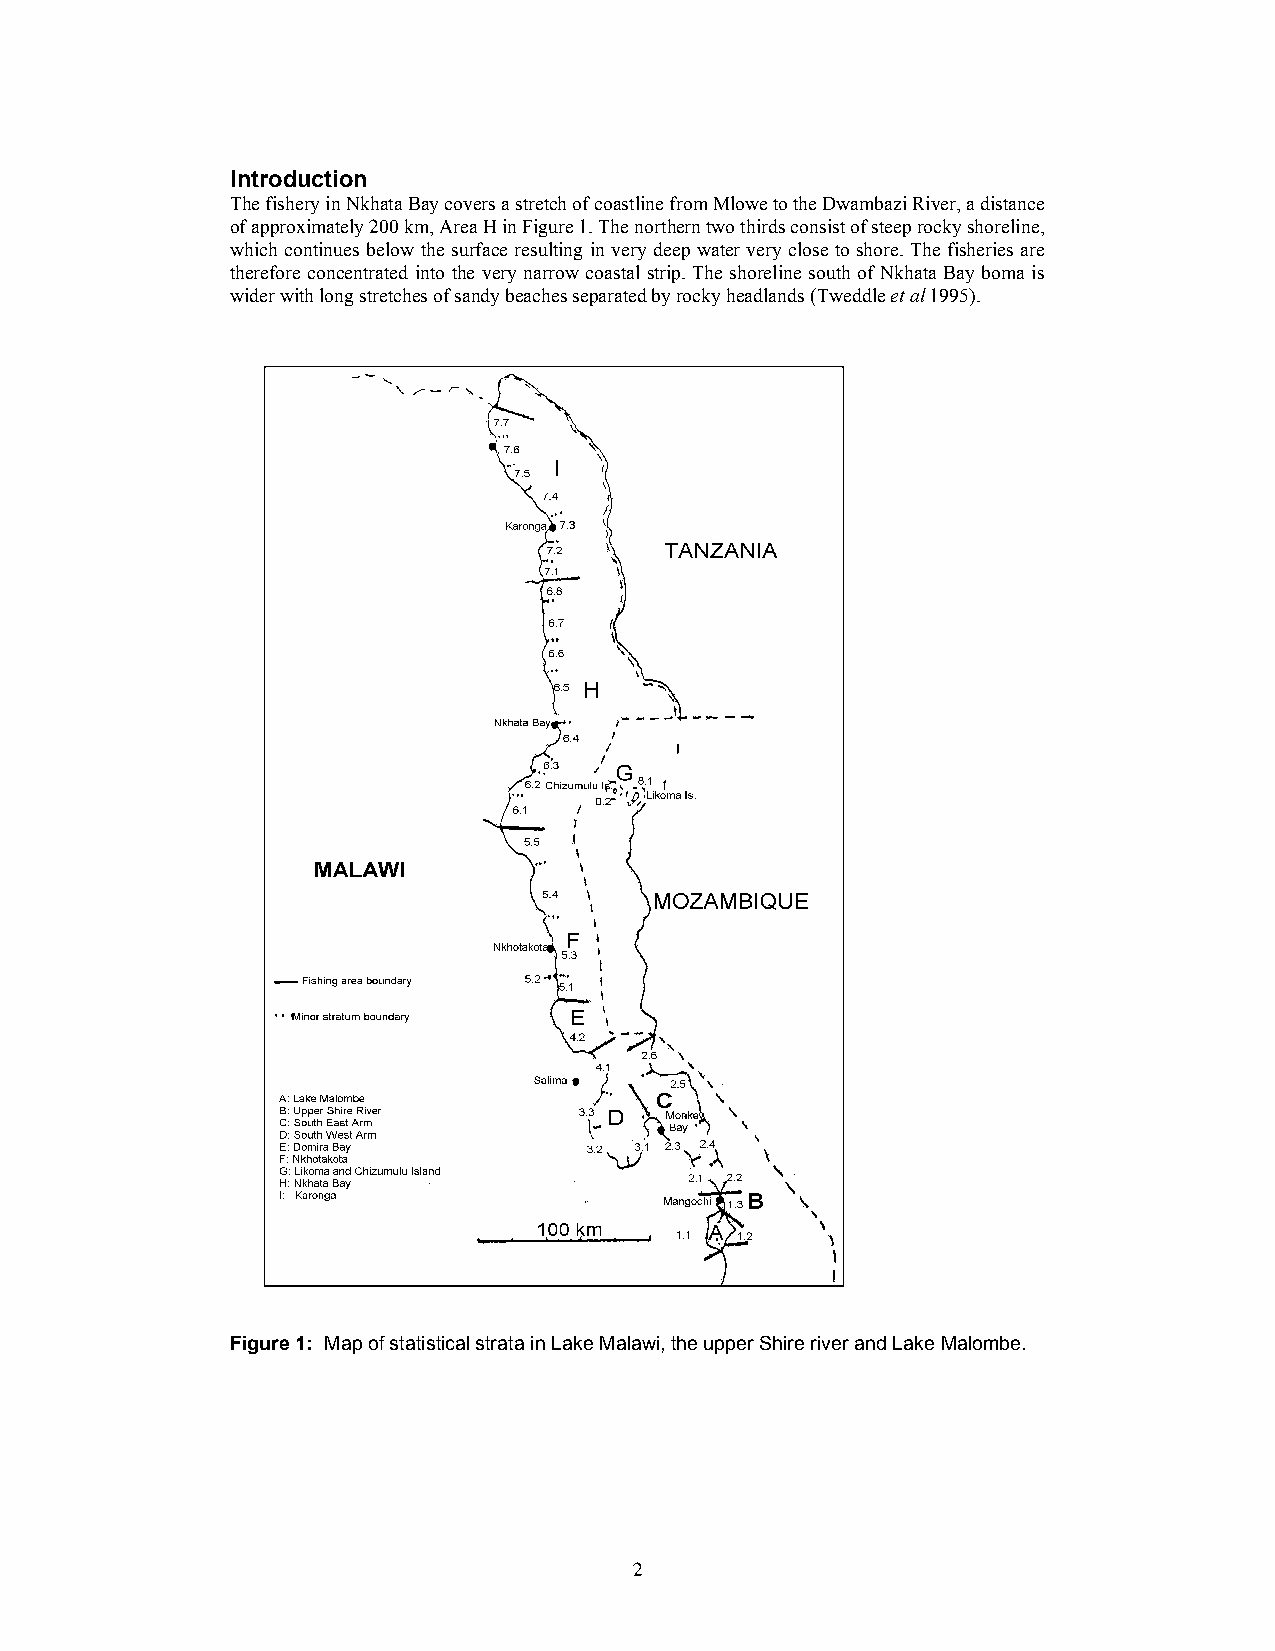
Introduction
 The fishery in Nkhata Bay covers a stretch of coastline from Mlowe to the Dwambazi River, a distance
 of approximately 200 km, Area H in Figure 1. The northern two thirds consist of steep rocky shoreline,
 which continues below the surface resulting in very deep water very close to shore. The fisheries are
 therefore concentrated into the very narrow coastal strip. The shoreline south of Nkhata Bay boma is
 wider with long stretches of sandy beaches separated by rocky headlands (Tweddle et al 1995).
 Figure 1: Map of statistical strata in Lake Malawi, the upper Shire river and Lake Malombe.
 2